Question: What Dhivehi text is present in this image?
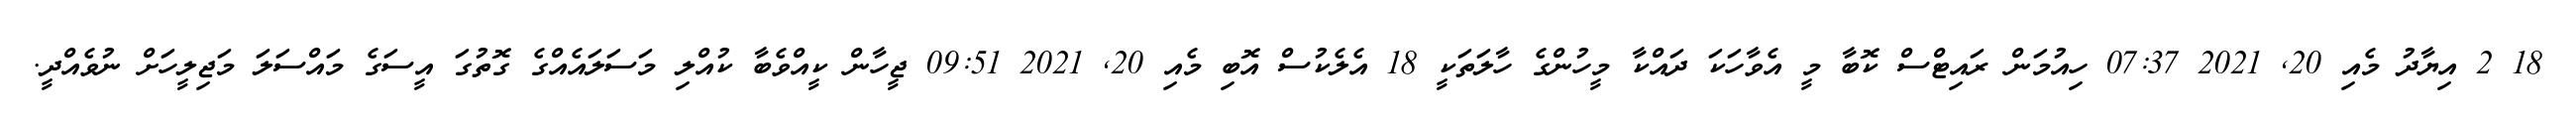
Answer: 18 2 އިޔާދު މެއި 20, 2021 07:37 ހިއުމަން ރައިޓްސް ކޮބާ މީ އެވާހަކަ ދައްކާ މީހުންގެ ހާލަތަކީ 18 އެލެކުސް އޮބި މެއި 20, 2021 09:51 ޖީހާން ކީއްވެބާ ކުއްލި މަސަލައެއްގެ ގޮތުގަ އީސަގެ މައްސަލަ މަޖިލީހަށް ނުވެއްދީ.